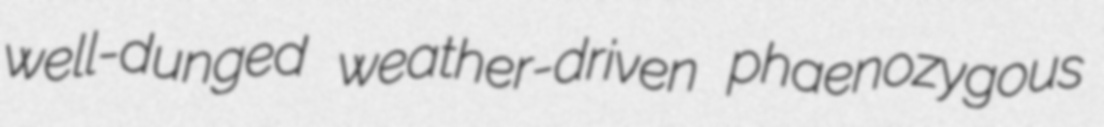
well-dunged weather-driven phaenozygous